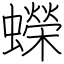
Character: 蠑